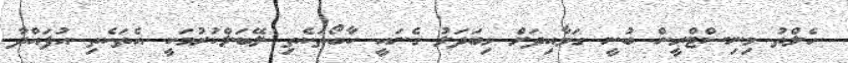
ހެލްތު މިނިސްޓްރީން ބުނީ ގަވާއިދަށް މިބަދަލު ގެނައީ ކާބޯތަކެތި ލޭބަލްކުރުމަކީ އެތަކެތި އުފައްދާ